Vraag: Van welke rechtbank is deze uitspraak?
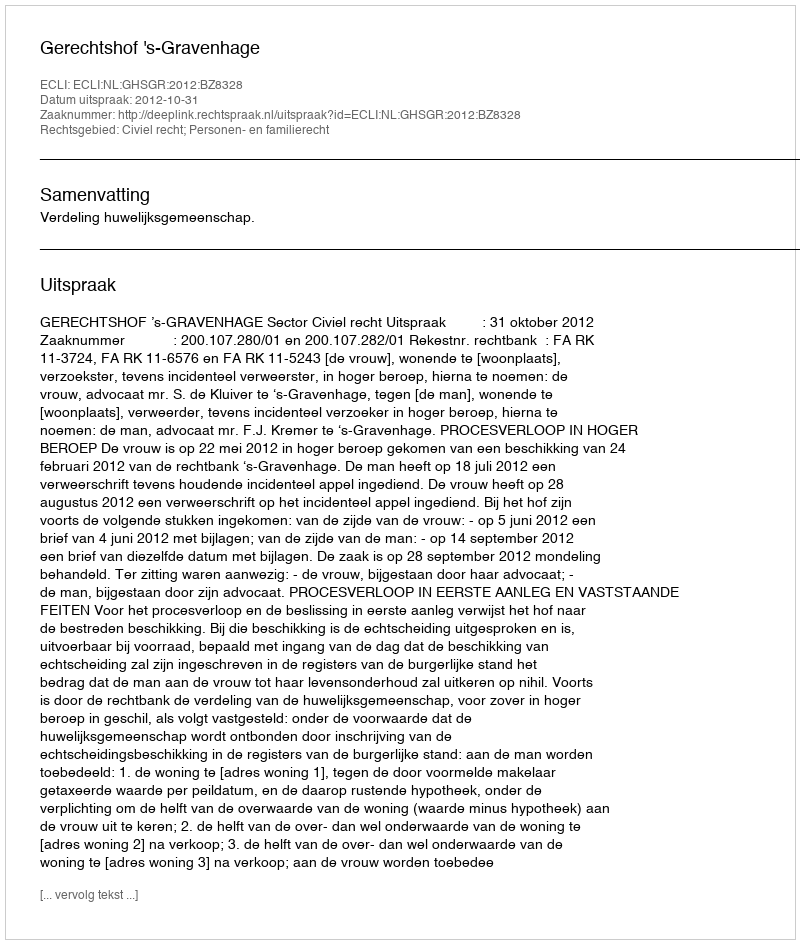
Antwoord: Gerechtshof 's-Gravenhage